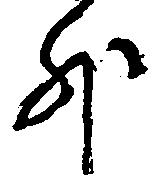
外